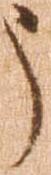
う